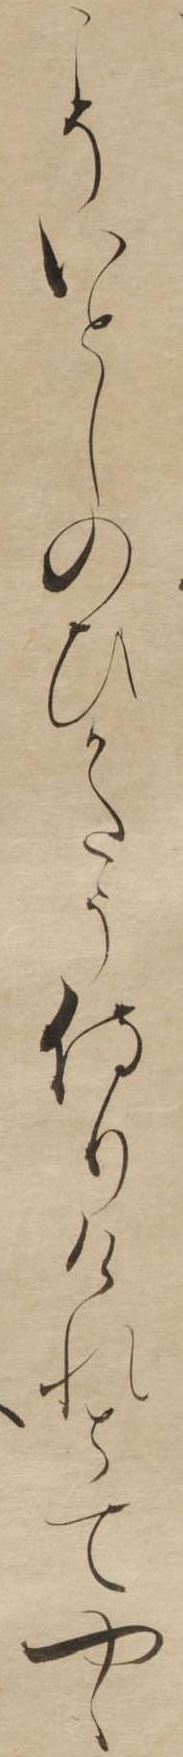
こそいとしのひかたう侍りけれとてやゝ